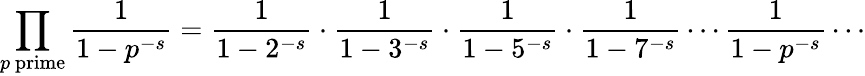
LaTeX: \prod_{p{\mathrm{~prime}}}{\frac{1}{1-p^{-s}}}={\frac{1}{1-2^{-s}}}\cdot{\frac{1}{1-3^{-s}}}\cdot{\frac{1}{1-5^{-s}}}\cdot{\frac{1}{1-7^{-s}}}\cdots{\frac{1}{1-p^{-s}}}\cdots